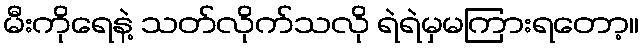
မီးကိုရေနဲ့ သတ်လိုက်သလို ရဲရဲမှမကြားရတော့။